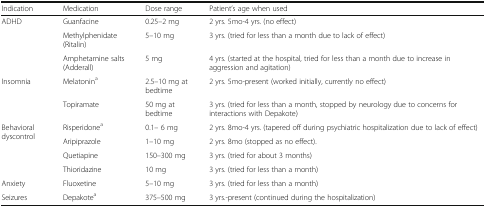
<table><thead><tr><td><b>Indication</b></td><td><b>Medication</b></td><td><b>Dose range</b></td><td><b>Patient’s age when used</b></td></tr></thead><tbody><tr><td rowspan="3">ADHD</td><td>Guanfacine</td><td>0.25–2 mg</td><td>2 yrs. 5mo-4 yrs. (no effect)</td></tr><tr><td>Methylphenidate (Ritalin)</td><td>5–10 mg</td><td>3 yrs. (tried for less than a month due to lack of effect)</td></tr><tr><td>Amphetamine salts (Adderall)</td><td>5 mg</td><td>4 yrs. (started at the hospital, tried for less than a month due to increase in aggression and agitation)</td></tr><tr><td rowspan="2">Insomnia</td><td>Melatonin<sup>a</sup></td><td>2.5–10 mg at bedtime</td><td>2 yrs. 5mo-present (worked initially, currently no effect)</td></tr><tr><td>Topiramate</td><td>50 mg at bedtime</td><td>3 yrs. (tried for less than a month, stopped by neurology due to concerns for interactions with Depakote)</td></tr><tr><td rowspan="3">Behavioral dyscontrol</td><td>Risperidone<sup>a</sup></td><td>0.1– 6 mg</td><td>2 yrs. 8mo-4 yrs. (tapered off during psychiatric hospitalization due to lack of effect)</td></tr><tr><td>Aripiprazole</td><td>1–10 mg</td><td>2 yrs. 8mo (stopped as no effect).</td></tr><tr><td>Quetiapine</td><td>150–300 mg</td><td>3 yrs. (tried for about 3 months)</td></tr><tr><td></td><td>Thioridazine</td><td>10 mg</td><td>3 yrs. (tried for less than a month)</td></tr><tr><td>Anxiety</td><td>Fluoxetine</td><td>5–10 mg</td><td>3 yrs. (tried for less than a month)</td></tr><tr><td>Seizures</td><td>Depakote<sup>a</sup></td><td>375–500 mg</td><td>3 yrs.-present (continued during the hospitalization)</td></tr></tbody></table>